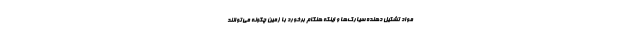
مواد تشکیل دهنده سیارک‌ها و اینکه هنگام برخورد با زمین چگونه می‌توانند